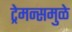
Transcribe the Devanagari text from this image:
ट्रेमन्समुळे